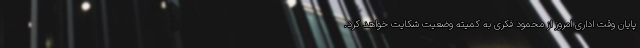
پایان وقت اداری امروز از محمود فکری به کمیته وضعیت شکایت خواهد کرد.